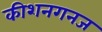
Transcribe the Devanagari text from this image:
कीशनगनज